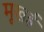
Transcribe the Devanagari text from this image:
मूखई